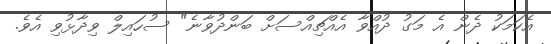
އެކަމަކު ދެން އެ މަގު ދުއްވާ އެއްޗިއްސަށް ބަންދުވާނެ" ސުހައިލް ވިދާޅުވި އެވެ.